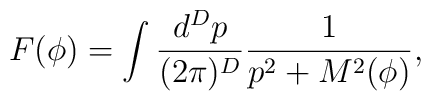
F(\phi)=\int \frac{d^Dp}{(2\pi)^D}\frac{1}{p^2+M^2(\phi)},